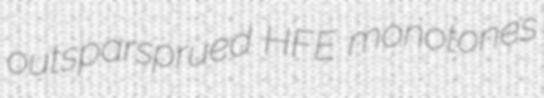
outsparsprued HFE monotones